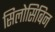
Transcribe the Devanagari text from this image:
सिलोसिबिन